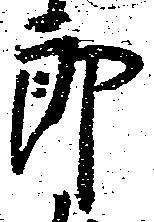
郎